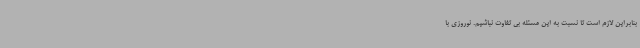
بنابراین لازم است تا نسبت به این مسئله بی تفاوت نباشیم. نوروزی با